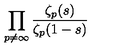
\prod _ { p \neq \infty } ^ { { } } \frac { \zeta _ { p } ( s ) } { \zeta _ { p } ( 1 - s ) }